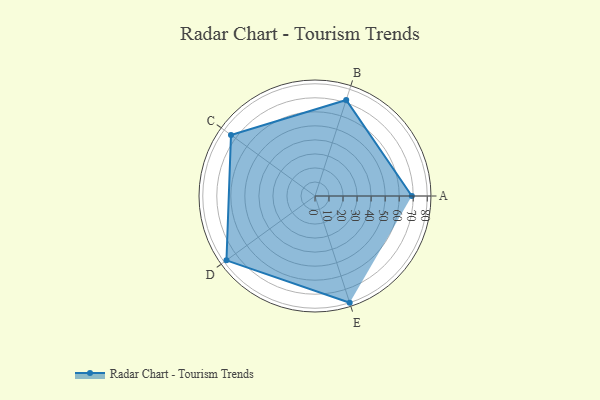
{"axis": {"x": "Skill", "y": "Score"}, "legend": ["Profile"], "data": [{"x": "A", "y": 69.0, "type": "Profile"}, {"x": "B", "y": 72.0, "type": "Profile"}, {"x": "C", "y": 74.0, "type": "Profile"}, {"x": "D", "y": 78.0, "type": "Profile"}, {"x": "E", "y": 80.0, "type": "Profile"}]}